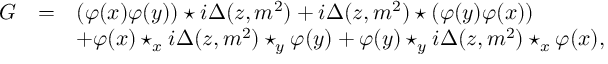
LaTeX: \begin{array} { r c l } { { G } } & { { = } } & { { ( \varphi ( x ) \varphi ( y ) ) \star i \Delta ( z , m ^ { 2 } ) + i \Delta ( z , m ^ { 2 } ) \star ( \varphi ( y ) \varphi ( x ) ) } } \\ { { } } & { { } } & { { + \varphi ( x ) \star _ { x } i \Delta ( z , m ^ { 2 } ) \star _ { y } \varphi ( y ) + \varphi ( y ) \star _ { y } i \Delta ( z , m ^ { 2 } ) \star _ { x } \varphi ( x ) , } } \end{array}